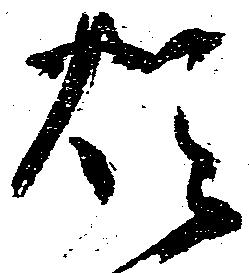
煩